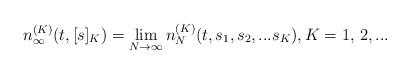
LaTeX: \begin{align*}n_\infty^{(K)} (t,[s]_{K})= \lim_{N \to \infty} n_{N}^{(K)} (t,s_1,s_2,...s_{K}), K=1,\, 2,...\end{align*}